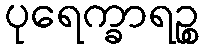
ပုရေက္ခာရဉ္စ